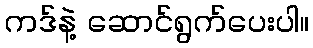
ကဒ်နဲ့ ဆောင်ရွက်ပေးပါ။